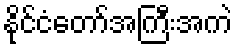
နိုင်ငံတော်အကြီးအကဲ